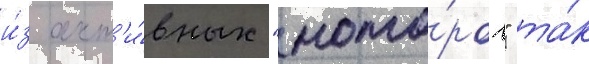
и́з акт'и́вных "мото́ров" та́к